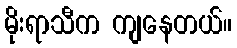
မိုးရာသီက ကျနေတယ်။